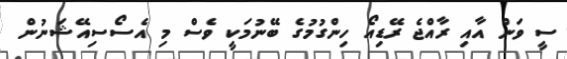
ސީ ވަން އާއި ރާއްޖެ ރޭޑިއޯ ހިންގުމުގެ ބޭނުމަކީ ވެސް މި އެސޯސިއޭޝަނުން